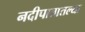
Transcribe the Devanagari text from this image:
नदीपात्रातल्या